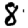
Digit: 8